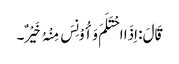
قَالَ: اِذَا احْتَلَمَ وَأُوْنِسَ مِنْہُ خَیْرٌ۔